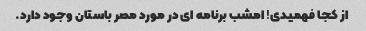
از کجا فهمیدی! امشب برنامه ای در مورد مصر باستان وجود دارد.